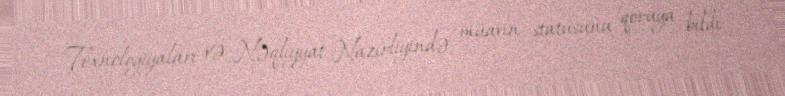
Texnologiyaları və Nəqliyyat Nazirliyində müavin statusunu qoruya bildi.